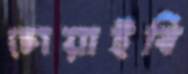
চোয়াইবি